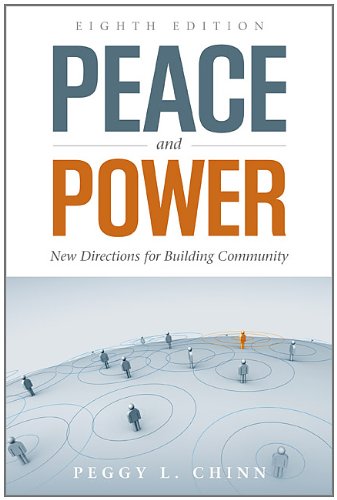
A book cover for Peace And Power: New Directions For Building Community; Peggy L. Chinn; Gay & Lesbian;